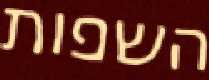
השפות